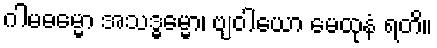
ဂါမဓမ္မော အသဒ္ဓမ္မော၊ ဗျဝါယော မေထုနံ ရတိ။